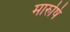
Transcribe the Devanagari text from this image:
मारुषि